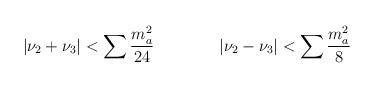
LaTeX: \begin{align*}|\nu_2 + \nu _3 | < \sum {m_a ^2 \over 24} \qquad \qquad |\nu_2 - \nu _3 | < \sum {m_a ^2 \over 8} \end{align*}